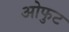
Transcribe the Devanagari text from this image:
ओफुट